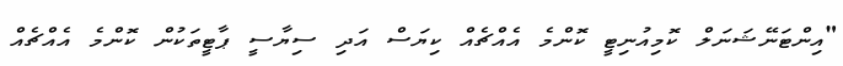
"އިންޓަނޭޝަނަލް ކޮމިއުނިޓީ ކޮންމެ އެއްޗެއް ކިޔަސް އަދި ސިޔާސީ ޕާޓީތަކުން ކޮންމެ އެއްޗެއް